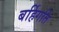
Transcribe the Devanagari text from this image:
बर्हिगति